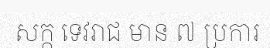
សក្ក ទេវរាជ មាន ៧ ប្រការ